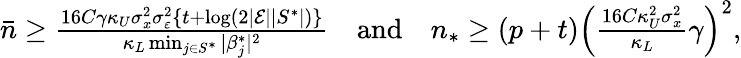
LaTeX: \begin{array}{r}{\bar{n}\ge\frac{16C\gamma\kappa_{U}\sigma_{x}^{2}\sigma_{\varepsilon}^{2}\{ t+\log(2|\mathcal{E}||S^{*}|)\} }{\kappa_{L}\operatorname*{min}_{j\in S^{*}}|\beta_{j}^{*}|^{2}}~~~~\mathrm{and}~~~~n_{*}\ge(p+t)\left(\frac{16C\kappa_{U}^{2}\sigma_{x}^{2}}{\kappa_{L}}\gamma\right)^{2},}\end{array}